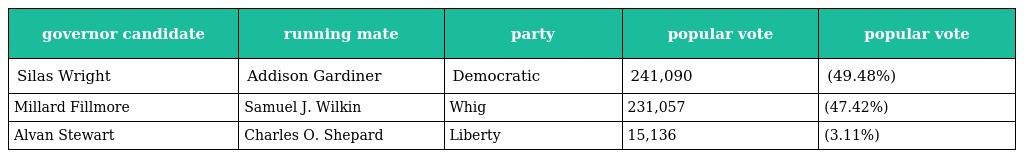
| governor candidate | running mate | party | popular vote | popular vote |
 | --- | --- | --- | --- | --- |
 | Silas Wright | Addison Gardiner | Democratic | 241,090 | (49.48%) |
 | Millard Fillmore | Samuel J. Wilkin | Whig | 231,057 | (47.42%) |
 | Alvan Stewart | Charles O. Shepard | Liberty | 15,136 | (3.11%) |